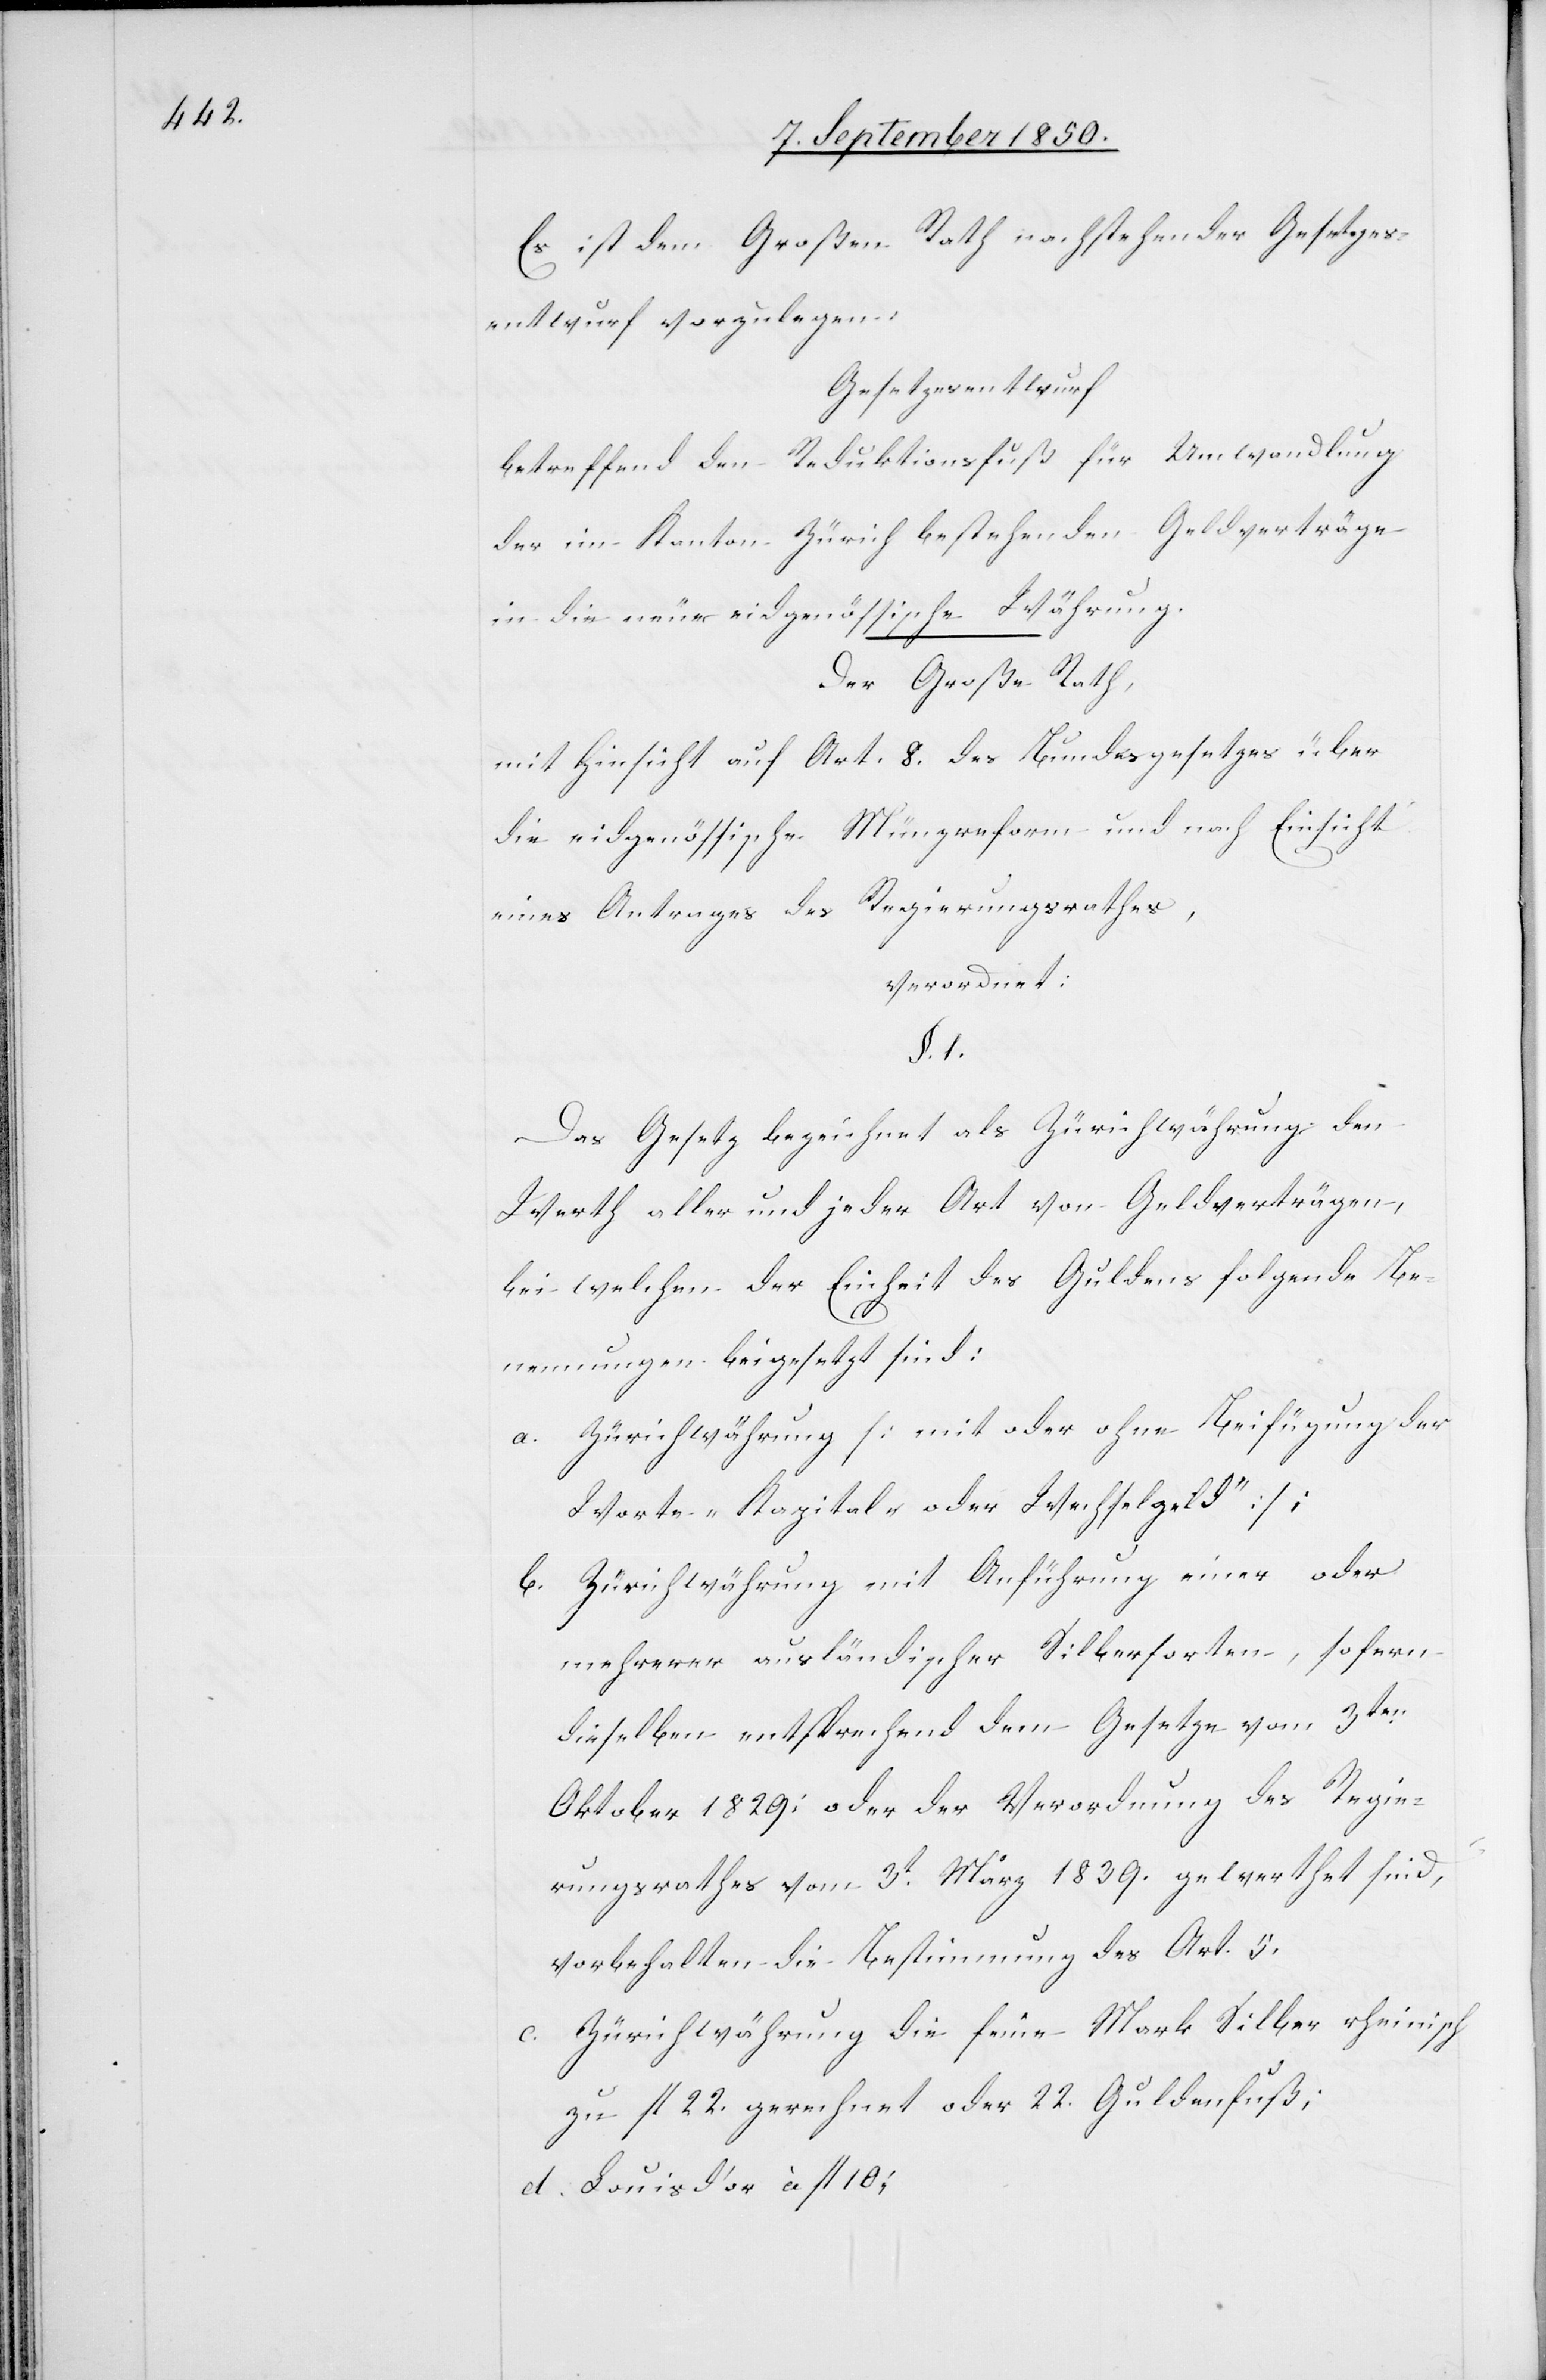
Es ist dem Großen Rath nachstehender Gesetzes¬
entwurf vorzulegen.
Gesetzesentwurf
betreffend den Reduktionsfuß für Umwandlung
der im Kanton Zürich bestehenden Geldverträge
in die neue eidgenössische Währung.
Der Große Rath,
mit Hinsicht auf Art. 8. des Bundesgesetzes über
die eidgenössische Münzreform und nach Einsicht
eines Antrages des Regierungsrathes,
verordnet:
§. 1.
Das Gesetz bezeichnet als Zürichwährung den
Werth aller und jeder Art von Geldverträgen,
bei welchen der Einheit des Guldens folgende Be¬
nennungen beigesetzt sind:
a. Zürichwährung [mit oder ohne Beifügung der
Worte „Kapital- oder Wechselgeld“];
b. Zürichwährung mit Anführung einer oder
mehrerer ausländischer Silbersorten, sofern
dieselben entsprechend dem Gesetze vom 3ten
Oktober 1829; oder der Verordnung des Regie¬
rungsrathes vom 3t März 1839. gewerthet sind,
vorbehalten die Bestimmung des Art. 5.
c. Zürichwährung die feine Mark Silber rheinisch
zu fl 22. gerechnet oder 22. Guldenfuß;
d. Louisd’or à fl 10;